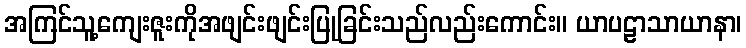
အကြင်သူ့ကျေးဇူးကိုအဖျင်းဖျင်းပြုခြင်းသည်လည်းကောင်း။ ယာပဠာသာယာနာ၊